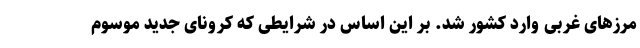
مرزهای غربی وارد کشور شد. بر این اساس در شرایطی که کرونای جدید موسوم